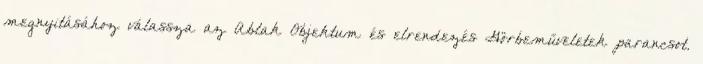
megnyitásához válassza az Ablak Objektum és elrendezés Görbeműveletek parancsot.